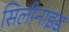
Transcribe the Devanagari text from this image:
सिलीनाइड